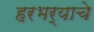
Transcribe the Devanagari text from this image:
हरभर्‍याचे